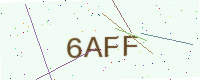
Text: 6AFF